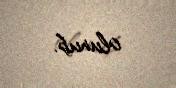
olunub.